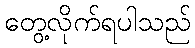
တွေ့လိုက်ရပါသည်